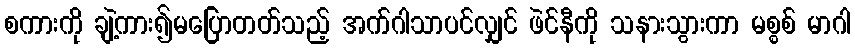
စကားကို ချဲ့ကား၍မပြောတတ်သည့် အက်ဂါသာပင်လျှင် ဖဲင်နီကို သနားသွားကာ မစ္စစ် မာဂါ